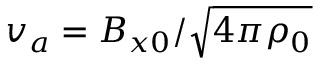
v _ { a } = B _ { x 0 } / \sqrt { 4 \pi \rho _ { 0 } }